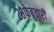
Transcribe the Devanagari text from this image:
२८फेब्रुवारी